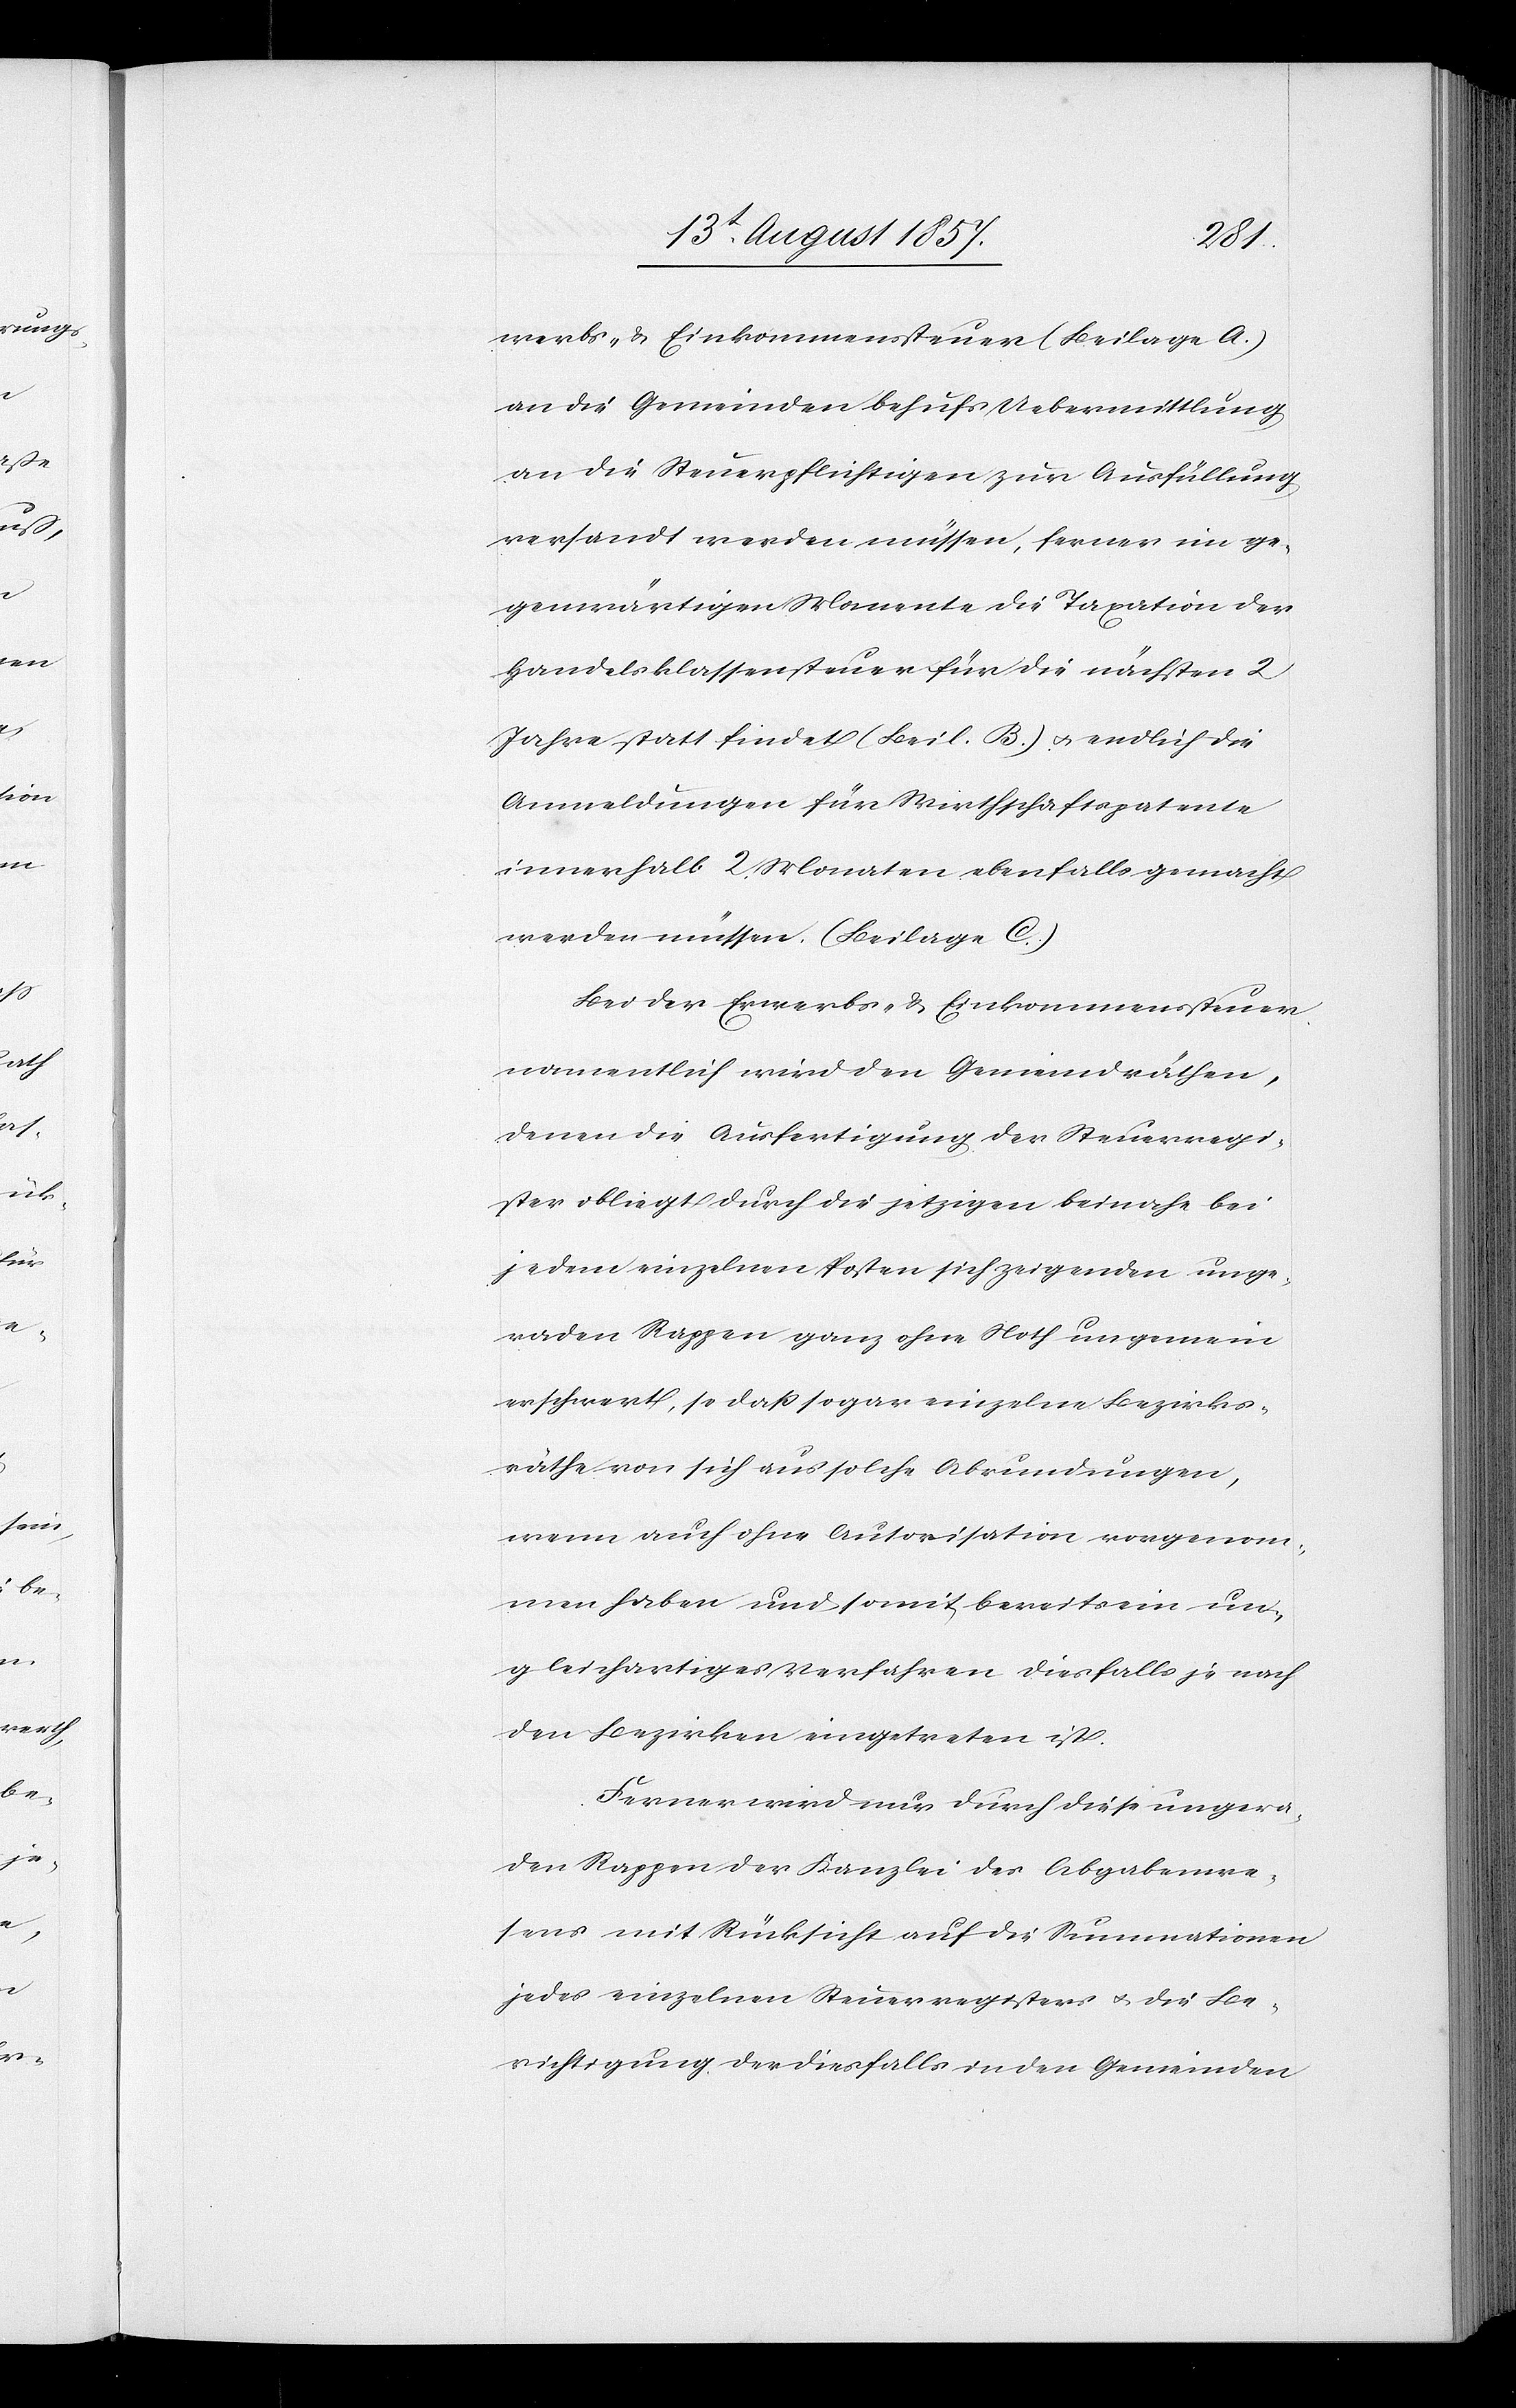
werbs- & Einkommenssteuer (Beilage A.)
an die Gemeinden behufs Uebermittlung
an die steuerpflichtigen zur Ausfüllung
versandt werden müssen, ferner im ge¬
genwärtigen Momente die Taxation der
Handelsklassensteuer für die nächsten 2
Jahre statt findet (Beil. B.) & endlich die
Anmeldungen für Wirthschaftspatente
innerhalb 2 Monaten ebenfalls gemacht
werden müssen. (Beilage C)
Bei der Erwerbs- & Einkommenssteuer
namentlich wird den Gemeindräthen,
denen die Ausfertigung der Steuerregi¬
ster obliegt durch die jetzigen beinahe
jedem einzelnen Posten sich zeigenden unge¬
raden Rappen ganz ohne Noth ungemein
erschwert [sic!] , so daß sogar einzelne Bezirks¬
räthe von sich aus solche Abrundungen,
wenn auch ohne Autorisation vorgenom¬
men haben und somit bereits ein un¬
gleichartiges Verfahren diesfalls je nach
den Bezirken eingetreten ist.
Ferner wird nur durch diese ungera¬
den Rappen der Kanzlei des Abgabenwe¬
sens mit Rücksicht auf die Summationen
jedes einzelnen Steuerregisters & die Be¬
richtigung der diesfalls in den Gemeinden